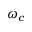
\omega _ { c }